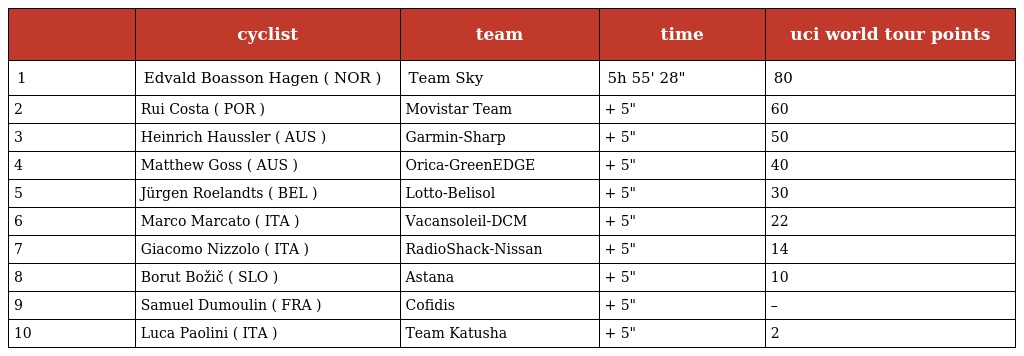
|  | cyclist | team | time | uci world tour points |
 | --- | --- | --- | --- | --- |
 | 1 | Edvald Boasson Hagen ( NOR ) | Team Sky | 5h 55' 28" | 80 |
 | 2 | Rui Costa ( POR ) | Movistar Team | + 5" | 60 |
 | 3 | Heinrich Haussler ( AUS ) | Garmin-Sharp | + 5" | 50 |
 | 4 | Matthew Goss ( AUS ) | Orica-GreenEDGE | + 5" | 40 |
 | 5 | Jürgen Roelandts ( BEL ) | Lotto-Belisol | + 5" | 30 |
 | 6 | Marco Marcato ( ITA ) | Vacansoleil-DCM | + 5" | 22 |
 | 7 | Giacomo Nizzolo ( ITA ) | RadioShack-Nissan | + 5" | 14 |
 | 8 | Borut Božič ( SLO ) | Astana | + 5" | 10 |
 | 9 | Samuel Dumoulin ( FRA ) | Cofidis | + 5" | – |
 | 10 | Luca Paolini ( ITA ) | Team Katusha | + 5" | 2 |